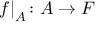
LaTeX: { f | } _ { A } \colon A \to F